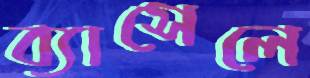
ব্যাসেলে